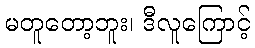
မတူတော့ဘူး၊ ဒီလူကြောင့်